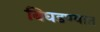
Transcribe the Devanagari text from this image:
बिघडण्यात